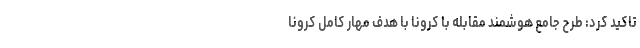
تاکید کرد: طرح جامع هوشمند مقابله با کرونا با هدف مهار کامل کرونا